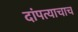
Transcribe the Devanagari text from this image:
दांपत्याचाच